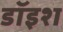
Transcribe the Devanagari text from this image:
डॉइश